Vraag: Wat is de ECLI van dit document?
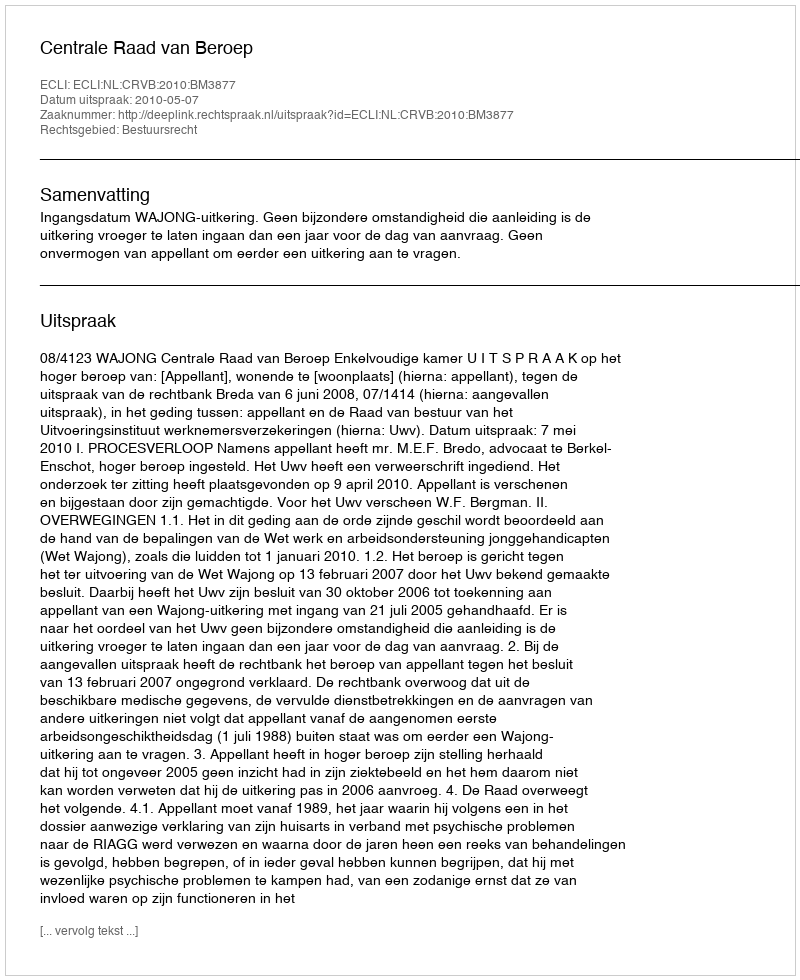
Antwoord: ECLI:NL:CRVB:2010:BM3877